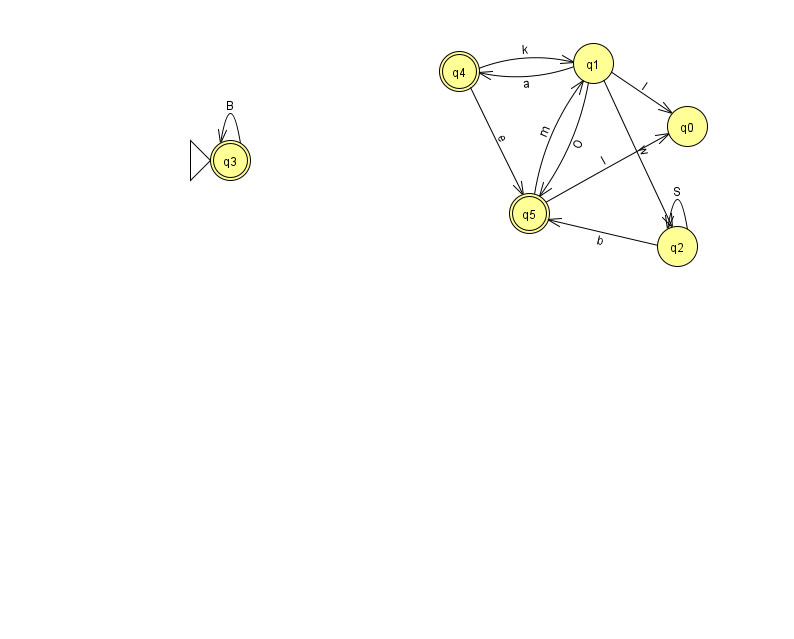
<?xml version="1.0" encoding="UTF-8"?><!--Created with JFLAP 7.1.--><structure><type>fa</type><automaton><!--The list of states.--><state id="0" name="q0"><x>687.0</x><y>113.0</y></state><state id="1" name="q1"><x>593.0</x><y>50.0</y></state><state id="2" name="q2"><x>677.0</x><y>233.0</y></state><state id="3" name="q3"><x>230.0</x><y>147.0</y><initial/><final/></state><state id="4" name="q4"><x>459.0</x><y>58.0</y><final/></state><state id="5" name="q5"><x>529.0</x><y>200.0</y><final/></state><!--The list of transitions.--><transition><from>4</from><to>5</to><read>e</read></transition><transition><from>5</from><to>0</to><read>I</read></transition><transition><from>1</from><to>2</to><read>w</read></transition><transition><from>3</from><to>3</to><read>B</read></transition><transition><from>2</from><to>2</to><read>S</read></transition><transition><from>5</from><to>1</to><read>m</read></transition><transition><from>1</from><to>5</to><read>O</read></transition><transition><from>4</from><to>1</to><read>k</read></transition><transition><from>1</from><to>0</to><read>I</read></transition><transition><from>1</from><to>4</to><read>a</read></transition><transition><from>2</from><to>5</to><read>b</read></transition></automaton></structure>